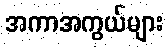
အကာအကွယ်များ